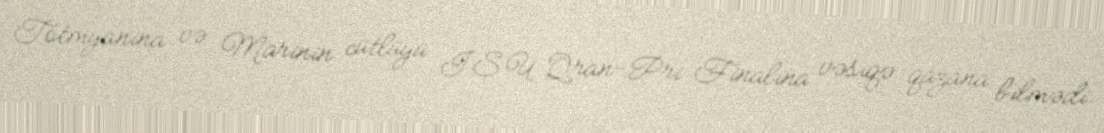
Totmyanina və Marinin cütlüyü ISU Qran-Pri Finalına vəsiqə qazana bilmədi.